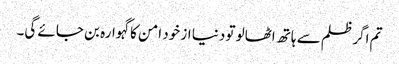
تم اگر ظلم سے ہاتھ اٹھالو تو دنیا از خود امن کا گہوارہ بن جائے گی۔